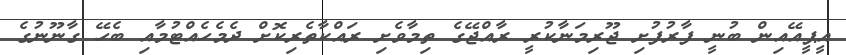
އީޕީއޭއިން ބުނީ ފާރުފުށި ޖޫރިމަނާކުރީ ރާއްޖޭގެ ތިމާވެށި ރައްކާތެރިކޮށް ދެމެހެއްޓުމާއި ބެހޭ ގާނޫނުގެ